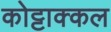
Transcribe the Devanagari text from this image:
कोट्टाक्कल